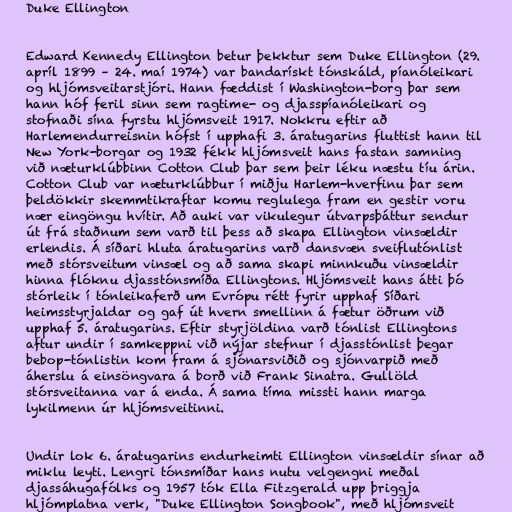
Duke Ellington

Edward Kennedy Ellington betur þekktur sem Duke Ellington (29.
apríl 1899 – 24. maí 1974) var bandarískt tónskáld, píanóleikari
og hljómsveitarstjóri. Hann fæddist í Washington-borg þar sem
hann hóf feril sinn sem ragtime- og djasspíanóleikari og
stofnaði sína fyrstu hljómsveit 1917. Nokkru eftir að
Harlemendurreisnin hófst í upphafi 3. áratugarins fluttist hann til
New York-borgar og 1932 fékk hljómsveit hans fastan samning
við næturklúbbinn Cotton Club þar sem þeir léku næstu tíu árin.
Cotton Club var næturklúbbur í miðju Harlem-hverfinu þar sem
þeldökkir skemmtikraftar komu reglulega fram en gestir voru
nær eingöngu hvítir. Að auki var vikulegur útvarpsþáttur sendur
út frá staðnum sem varð til þess að skapa Ellington vinsældir
erlendis. Á síðari hluta áratugarins varð dansvæn sveiflutónlist
með stórsveitum vinsæl og að sama skapi minnkuðu vinsældir
hinna flóknu djasstónsmíða Ellingtons. Hljómsveit hans átti þó
stórleik í tónleikaferð um Evrópu rétt fyrir upphaf Síðari
heimsstyrjaldar og gaf út hvern smellinn á fætur öðrum við
upphaf 5. áratugarins. Eftir styrjöldina varð tónlist Ellingtons
aftur undir í samkeppni við nýjar stefnur í djasstónlist þegar
bebop-tónlistin kom fram á sjónarsviðið og sjónvarpið með
áherslu á einsöngvara á borð við Frank Sinatra. Gullöld
stórsveitanna var á enda. Á sama tíma missti hann marga
lykilmenn úr hljómsveitinni.

Undir lok 6. áratugarins endurheimti Ellington vinsældir sínar að
miklu leyti. Lengri tónsmíðar hans nutu velgengni meðal
djassáhugafólks og 1957 tók Ella Fitzgerald upp þriggja
hljómplatna verk, "Duke Ellington Songbook", með hljómsveit